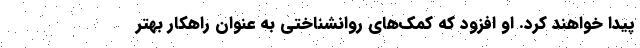
پیدا خواهند کرد. او افزود که کمک‌های روانشناختی به عنوان راهکار بهتر